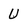
Character: u